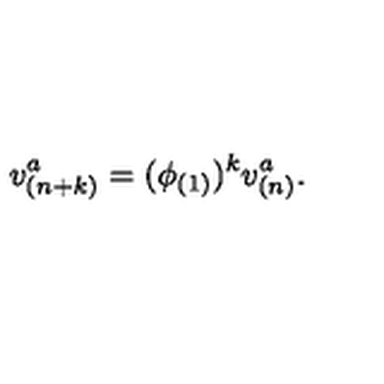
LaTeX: v _ { ( n + k ) } ^ { a } = ( \phi _ { ( 1 ) } ) ^ { k } v _ { ( n ) } ^ { a } .